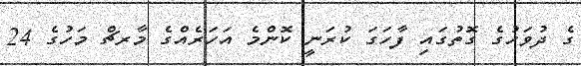
ގެ ދުވަހުގެ ގޮތުގައި ފާހަގަ ކުރަނީ ކޮންމެ އަހަރެއްގެ މާރޗް މަހުގެ 24